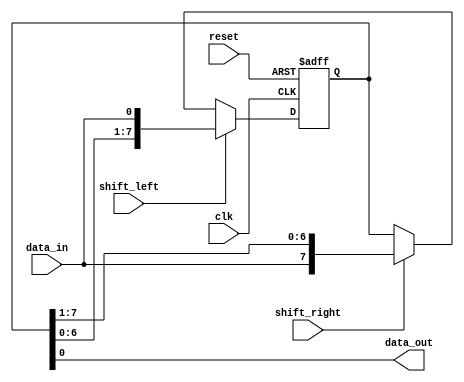
module bidirectional_shift_register (
    input clk,
    input reset,
    input shift_left,
    input shift_right,
    input data_in,
    output reg data_out
);

reg [7:0] shift_register;

always @ (posedge clk or posedge reset) begin
    if (reset) begin
        shift_register <= 8'b0;
    end else begin
        if (shift_left) begin
            shift_register <= {shift_register[6:0], data_in};
        end else if (shift_right) begin
            shift_register <= {data_in, shift_register[7:1]};
        end
    end
end

assign data_out = shift_register[0];

endmodule